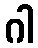
ဂါ